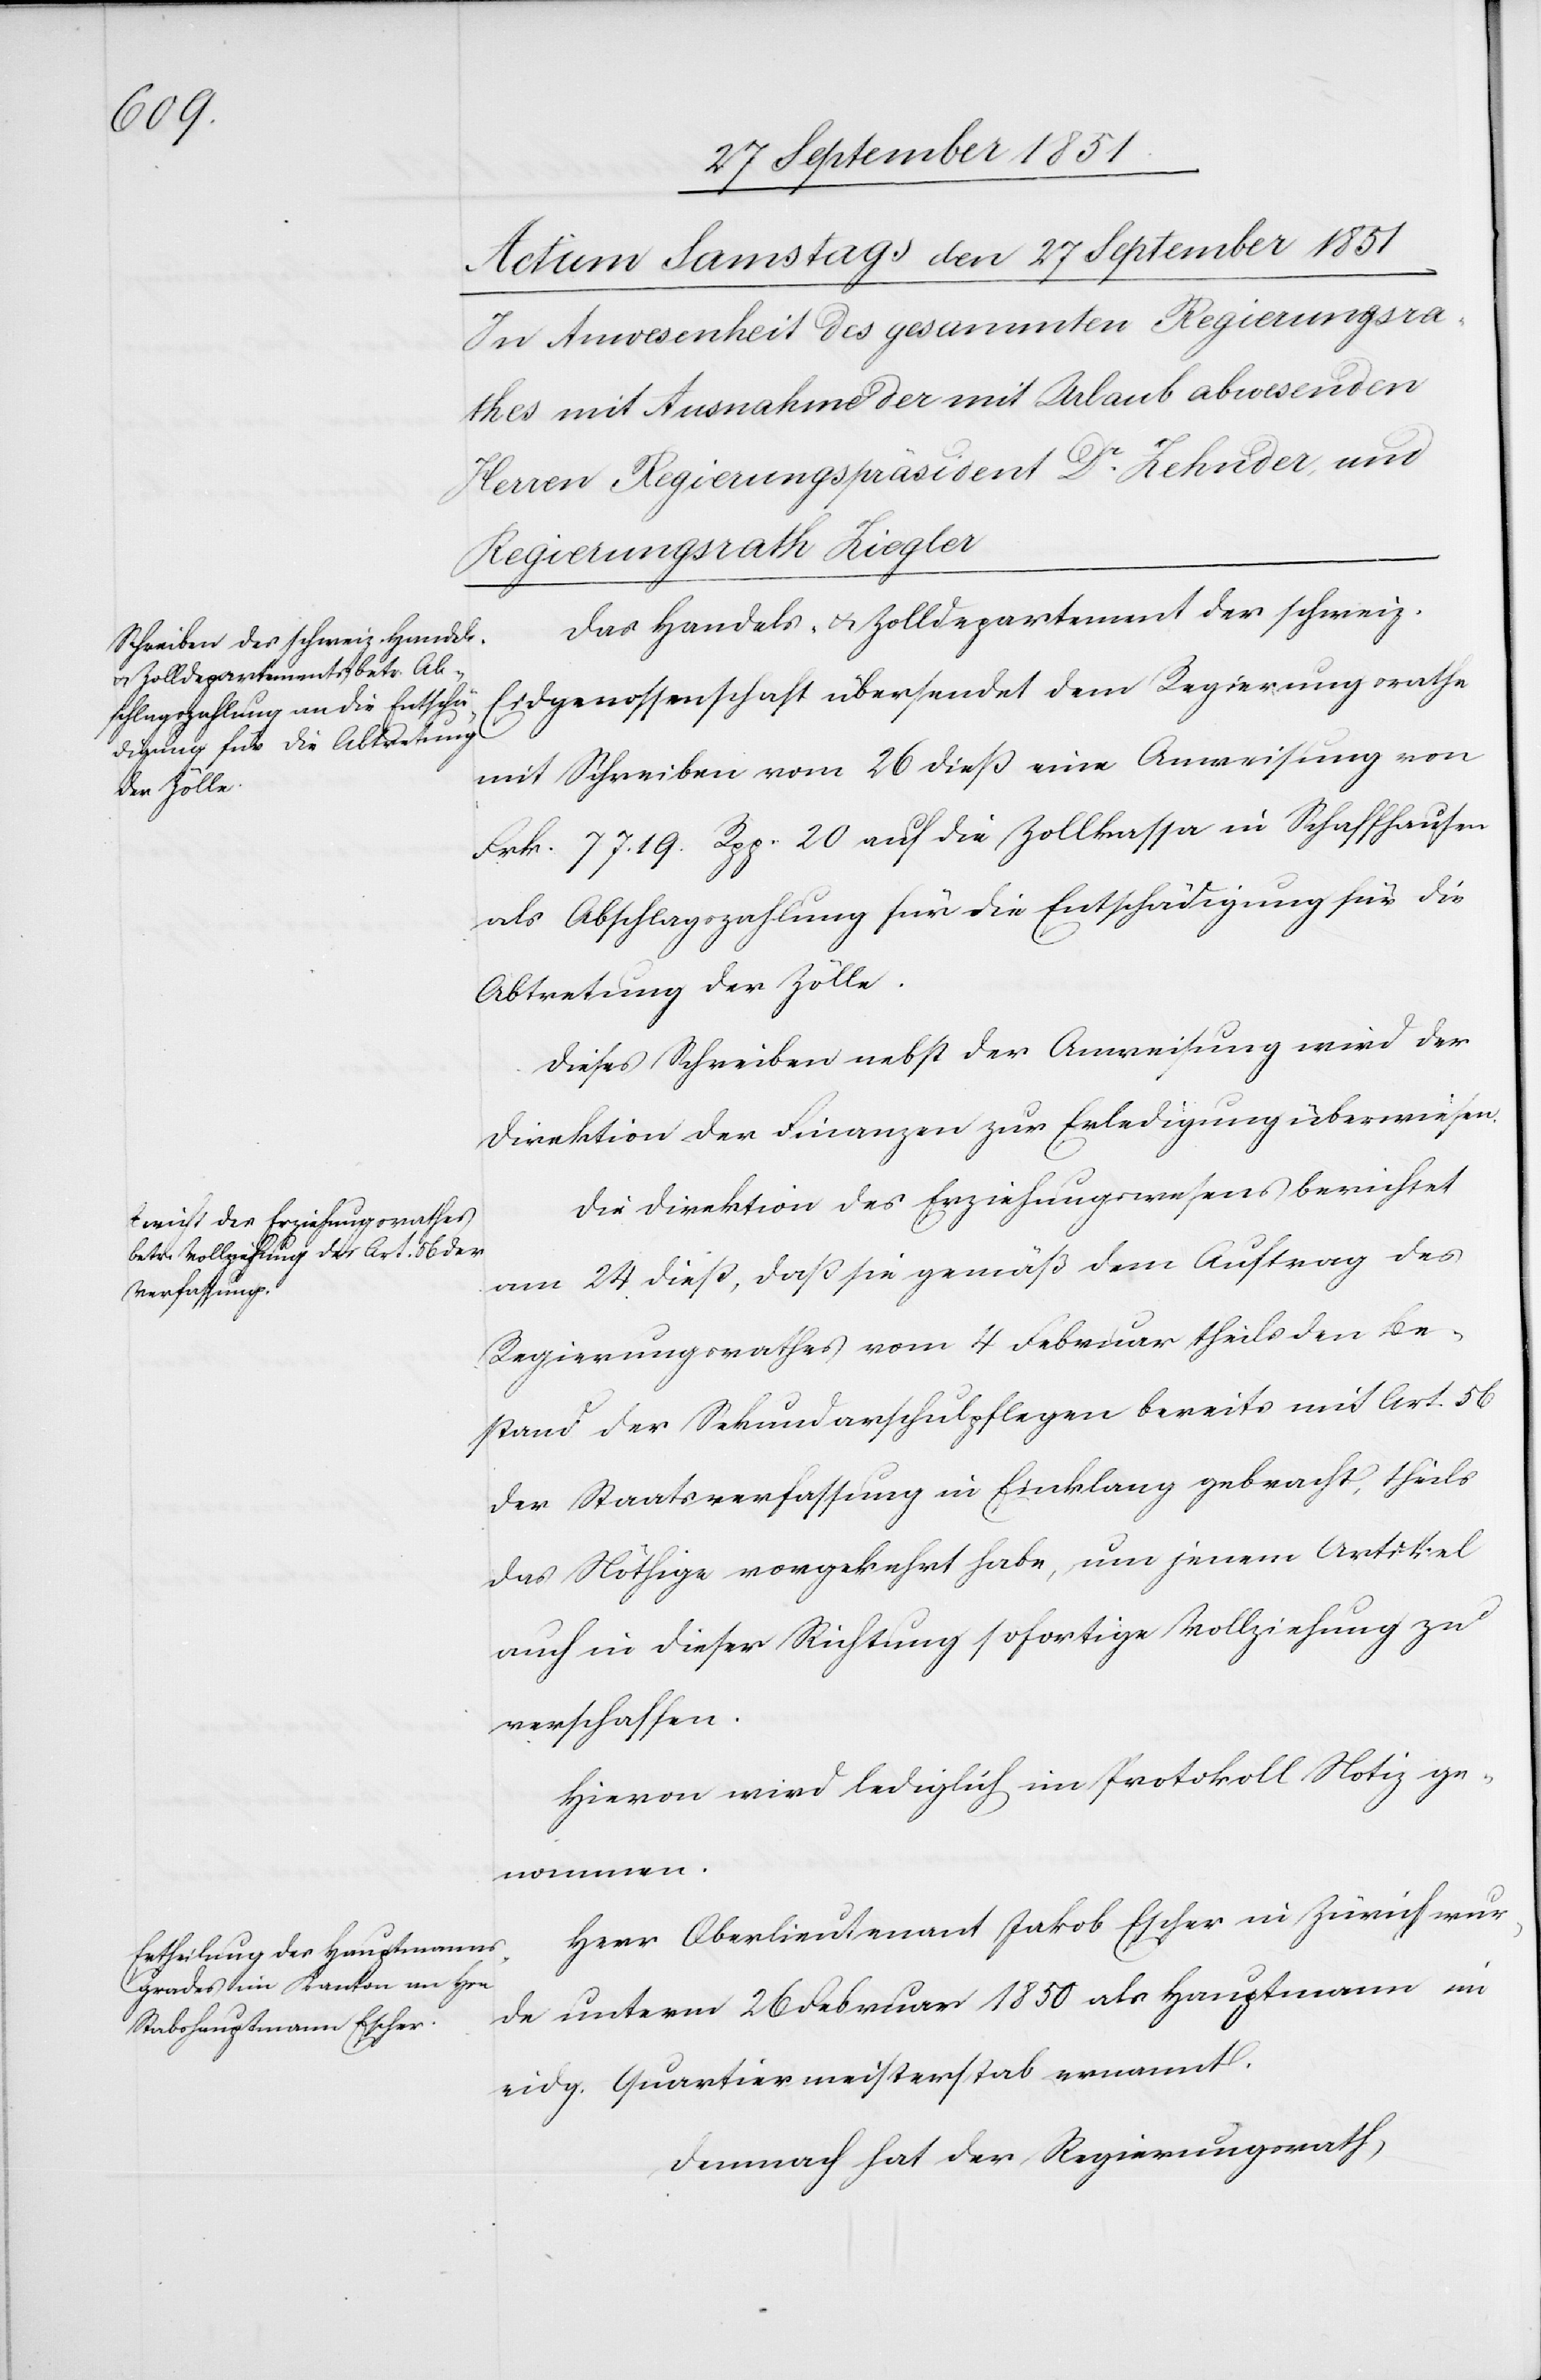
Das Handels- & Zolldepartement der schweiz.
Eidgenossenschaft übersendet dem Regierungsrathe
mit Schreiben vom 26 dieß eine Anweisung von
Frk. 7719. Rpp. 20 auf die Zollkassa in Schaffhausen
als Abschlagszahlung für die Entschädigung für die
Abtretung der Zölle.
Dieses Schreiben nebst der Anweisung wird der
Direktion der Finanzen zur Erledigung überwiesen.
Die Direktion des Erziehungswesens berichtet
am 24 dieß, daß sie gemäß dem Auftrag des
Regierungsrathes vom 4 Februar theils den Be¬
stand der Sekundarschulpflegen bereits mit Art. 56
der Staatsverfassung in Einklang gebracht, theils
das Nöthige vorgekehrt habe, um jenem Artikel
auch in dieser Richtung sofortige Vollziehung zu
verschaffen.
Hievon wird lediglich im Protokoll Notiz ge¬
nommen.
Herr Oberlieutenant Jakob Escher in Zürich wur¬
de unterm 26 Februar 1850 als Hauptmann im
eidg. Quartiermeisterstab ernannt.
Demnach hat der Regierungsrath,